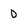
Character: D